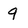
Character: 9